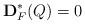
LaTeX: \begin{align*}\bold{D}_F^{\ast}(Q)=0\end{align*}